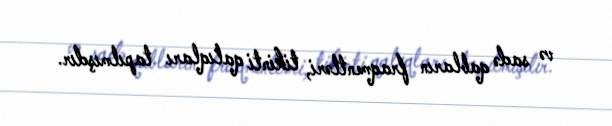
və sadə qabların fraqmentləri, tikinti qalıqları tapılmışdır.